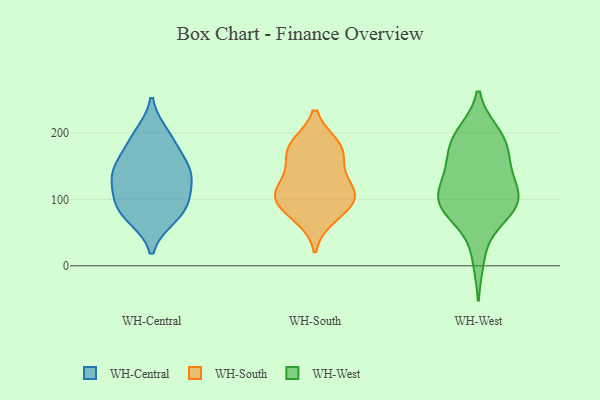
{"axis": {"x": "Headcount", "y": "Value"}, "legend": ["WH-Central", "WH-South", "WH-West"], "data": [{"x": "", "y": 79, "type": "WH-Central"}, {"x": "", "y": 137, "type": "WH-Central"}, {"x": "", "y": 146, "type": "WH-Central"}, {"x": "", "y": 73, "type": "WH-Central"}, {"x": "", "y": 184, "type": "WH-Central"}, {"x": "", "y": 198, "type": "WH-Central"}, {"x": "", "y": 150, "type": "WH-Central"}, {"x": "", "y": 101, "type": "WH-Central"}, {"x": "", "y": 129, "type": "WH-Central"}, {"x": "", "y": 95, "type": "WH-Central"}, {"x": "", "y": 112, "type": "WH-South"}, {"x": "", "y": 112, "type": "WH-South"}, {"x": "", "y": 173, "type": "WH-South"}, {"x": "", "y": 179, "type": "WH-South"}, {"x": "", "y": 94, "type": "WH-South"}, {"x": "", "y": 181, "type": "WH-South"}, {"x": "", "y": 73, "type": "WH-South"}, {"x": "", "y": 149, "type": "WH-South"}, {"x": "", "y": 114, "type": "WH-South"}, {"x": "", "y": 93, "type": "WH-South"}, {"x": "", "y": 83, "type": "WH-West"}, {"x": "", "y": 200, "type": "WH-West"}, {"x": "", "y": 113, "type": "WH-West"}, {"x": "", "y": 199, "type": "WH-West"}, {"x": "", "y": 105, "type": "WH-West"}, {"x": "", "y": 191, "type": "WH-West"}, {"x": "", "y": 113, "type": "WH-West"}, {"x": "", "y": 66, "type": "WH-West"}, {"x": "", "y": 158, "type": "WH-West"}, {"x": "", "y": 10, "type": "WH-West"}, {"x": "", "y": 93, "type": "WH-West"}, {"x": "", "y": 151, "type": "WH-West"}, {"x": "", "y": 98, "type": "WH-West"}, {"x": "", "y": 164, "type": "WH-West"}, {"x": "", "y": 99, "type": "WH-West"}, {"x": "", "y": 136, "type": "WH-West"}, {"x": "", "y": 186, "type": "WH-West"}, {"x": "", "y": 79, "type": "WH-West"}]}